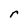
Character: r